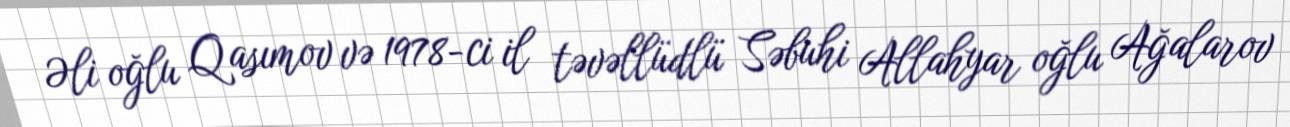
Əli oğlu Qasımov və 1978-ci il təvəllüdlü Səbuhi Allahyar oğlu Ağalarov